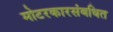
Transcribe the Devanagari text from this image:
मोटरकारसंबधित